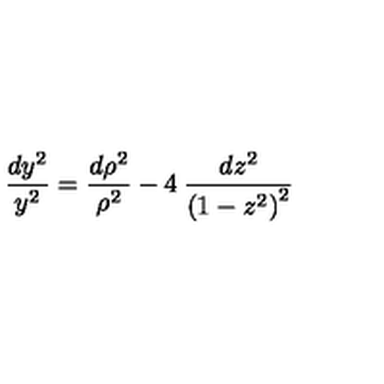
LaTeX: \frac { d y ^ { 2 } } { y ^ { 2 } } = \frac { { d \rho ^ { 2 } } } { \rho ^ { 2 } } - 4 \: \frac { d z ^ { 2 } } { \left( 1 - z ^ { 2 } \right) ^ { 2 } }